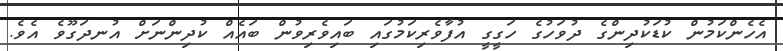
އެހެންކަމުން ކުޑަކުދިންގެ ދުވަހުގެ ހަގީގީ އުފާވެރިކަމުގައި ބައިވެރިވުން ބައެއް ކުދިންނަށް އުނދަގޫވެ އެވެ.